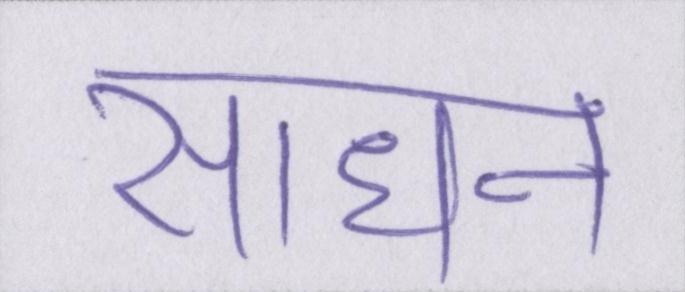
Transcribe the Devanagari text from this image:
साधन